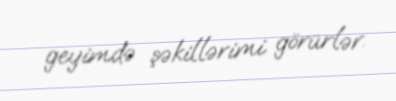
geyimdə şəkillərimi görürlər.